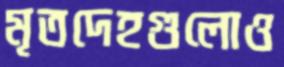
মৃতদেহগুলোও